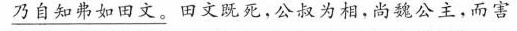
乃自知弗如田文。田文既死，公叔为相，尚魏公主，而言